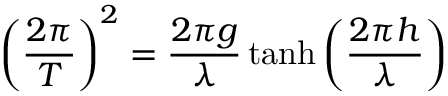
\displaystyle \left( { \frac { 2 \pi } { T } } \right) ^ { 2 } = { \frac { 2 \pi g } { \lambda } } \operatorname { t a n h } \left( { \frac { 2 \pi h } { \lambda } } \right)